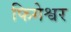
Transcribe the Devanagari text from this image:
फिगेश्वर